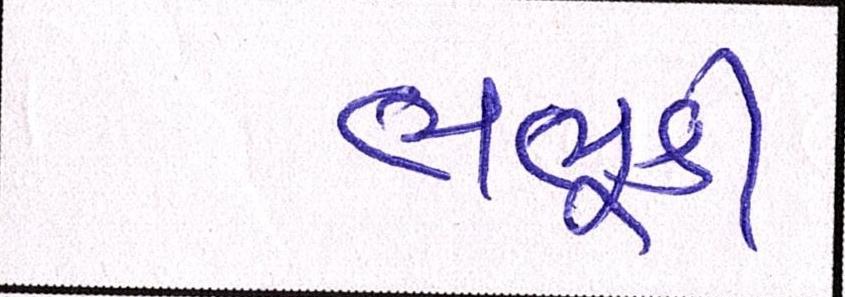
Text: ભભૂકી